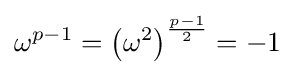
\omega ^{p-1}=\left(\omega ^{2}\right)^{\frac {p-1}{2}}=-1